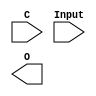
module demux_1to4 (
  input wire [1:0] C,
  input wire Input,
  output wire [3:0] O
);

// assign O[0] = (C == 2'b00) ? Input : 1'b0;
// assign O[1] = (C == 2'b01) ? Input : 1'b0;
// assign O[2] = (C == 2'b10) ? Input : 1'b0;
// assign O[3] = (C == 2'b11) ? Input : 1'b0;

endmodule